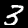
Digit: 3